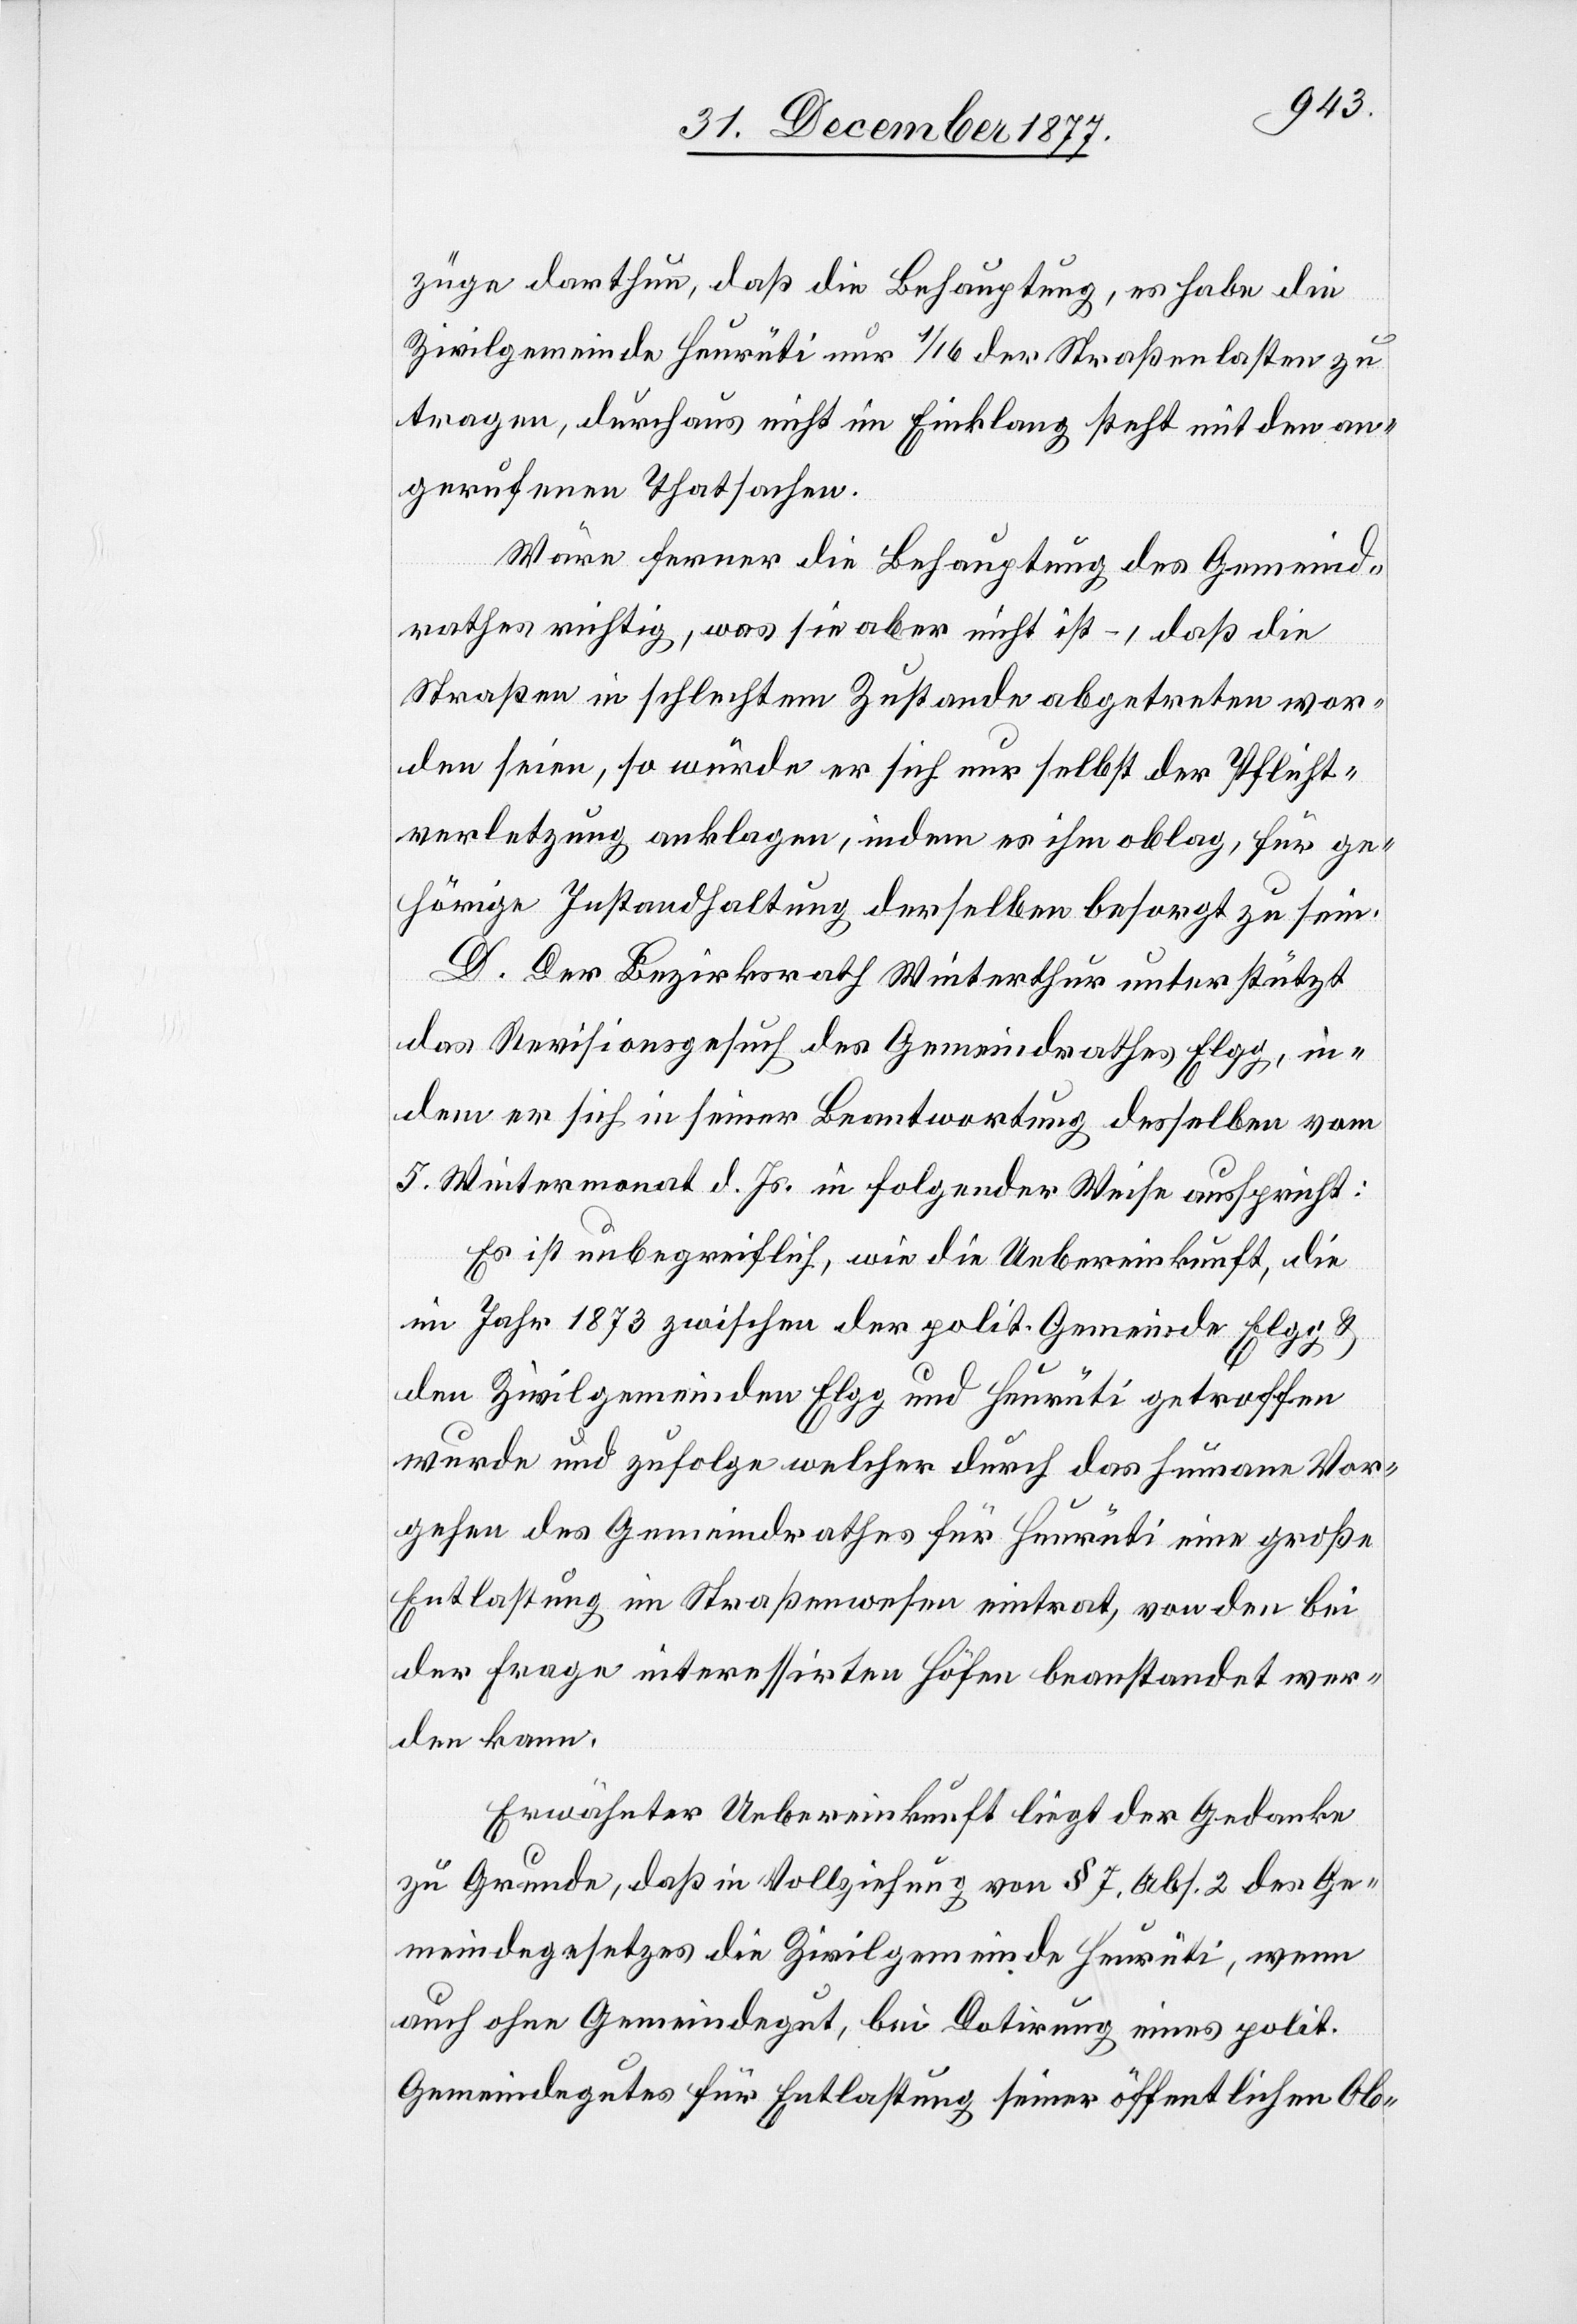
züge darthun, daß die Behauptung, es habe die
Zivilgemeinde Heurüti nur 1/16 der Straßenlasten zu
tragen, durchaus nicht im Einklang steht mit den an¬
gerufenen Thatsachen.
Wäre ferner die Behauptung des Gemeind¬
rathes richtig, was sie aber nicht ist –, daß die
Straßen in schlechtem Zustande abgetreten wor¬
den seien, so würde er sich nur selbst der Pflicht¬
verletzung anklagen, indem es ihm oblag, für ge¬
hörige Instandhaltung derselben besorgt zu sein.
D. Der Bezirksrath Winterthur unterstützt
das Revisionsgesuch des Gemeindrathes Elgg, in¬
dem er sich in seiner Beantwortung desselben vom
5. Wintermonat d. Js. in folgender Weise ausspricht:
Es ist unbegreiflich, wie die Uebereinkunft, die
im Jahr 1873 zwischen der polit. Gemeinde Elgg &
den Zivilgemeinden Elgg und Heurüti getroffen
wurde und zufolge welcher durch das humane Vor¬
gehen des Gemeindrathes für Heurüti eine große
Entlastung im Straßenwesen eintrat, von den bei
der Frage interessirten Höfen beanstandet wer¬
den kann.
Erwähnter Uebereinkunft liegt der Gedanke
zu Grunde, daß in Vollziehung von § 7, Abs. 2 des Ge¬
meindegesetzes die Zivilgemeinde Heurüti, wenn
auch ohne Gemeindegut, bei Dotirung eines polit.
Gemeindegutes für Entlastung seiner öffentlichen Ob-